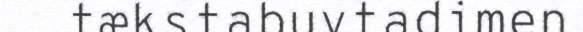
tækstabuvtadimen